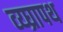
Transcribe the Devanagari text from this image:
व्य्घ्रापथ